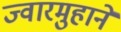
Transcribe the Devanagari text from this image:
ज्वारमुहानें